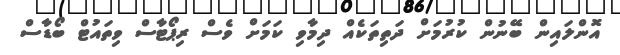
އޮންލައިން ބޭނުން ކުރުމަށް ދަތިތަކެއް ދިމާވި ކަމަށް ވެސް ރިޕޯޓާސް ވިތައުޓް ބޯޑާސް